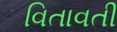
વિતાવતી